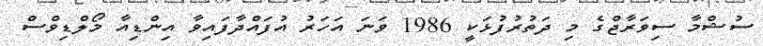
ސުޝްމާ ސިވަރާޖްގެ މި ދަތުރުފުޅަކީ 1986 ވަނަ އަހަރު އުފައްދާފައިވާ އިންޑިއާ މޯލްޑިވްސް